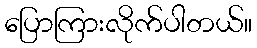
ပြောကြားလိုက်ပါတယ်။